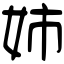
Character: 姉